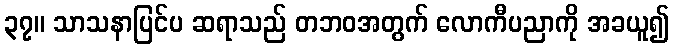
၃၇။ သာသနာပြင်ပ ဆရာသည် တဘဝအတွက် လောကီပညာကို အခယူ၍